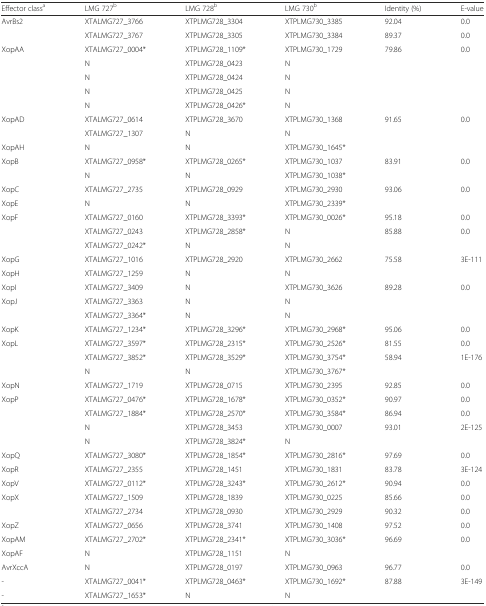
<table><thead><tr><td><b>Effector class<sup>a</sup></b></td><td><b>LMG 727<sup>b</sup></b></td><td><b>LMG 728<sup>b</sup></b></td><td><b>LMG 730<sup>b</sup></b></td><td><b>Identity (%)</b></td><td><b>E-value</b></td></tr></thead><tbody><tr><td rowspan="2">AvrBs2</td><td>XTALMG727_3766</td><td>XTPLMG728_3304</td><td>XTPLMG730_3385</td><td>92.04</td><td>0.0</td></tr><tr><td>XTALMG727_3767</td><td>XTPLMG728_3305</td><td>XTPLMG730_3384</td><td>89.37</td><td>0.0</td></tr><tr><td rowspan="5">XopAA</td><td>XTALMG727_0004*</td><td>XTPLMG728_1109*</td><td>XTPLMG730_1729</td><td>79.86</td><td>0.0</td></tr><tr><td>N</td><td>XTPLMG728_0423</td><td>N</td><td></td><td></td></tr><tr><td>N</td><td>XTPLMG728_0424</td><td>N</td><td></td><td></td></tr><tr><td>N</td><td>XTPLMG728_0425</td><td>N</td><td></td><td></td></tr><tr><td>N</td><td>XTPLMG728_0426*</td><td>N</td><td></td><td></td></tr><tr><td rowspan="2">XopAD</td><td>XTALMG727_0614</td><td>XTPLMG728_3670</td><td>XTPLMG730_1368</td><td>91.65</td><td>0.0</td></tr><tr><td>XTALMG727_1307</td><td>N</td><td>N</td><td></td><td></td></tr><tr><td>XopAH</td><td>N</td><td>N</td><td>XTPLMG730_1645*</td><td></td><td></td></tr><tr><td rowspan="2">XopB</td><td>XTALMG727_0958*</td><td>XTPLMG728_0265*</td><td>XTPLMG730_1037</td><td>83.91</td><td>0.0</td></tr><tr><td>N</td><td>N</td><td>XTPLMG730_1038*</td><td></td><td></td></tr><tr><td>XopC</td><td>XTALMG727_2735</td><td>XTPLMG728_0929</td><td>XTPLMG730_2930</td><td>93.06</td><td>0.0</td></tr><tr><td>XopE</td><td>N</td><td>N</td><td>XTPLMG730_2339*</td><td></td><td></td></tr><tr><td rowspan="3">XopF</td><td>XTALMG727_0160</td><td>XTPLMG728_3393*</td><td>XTPLMG730_0026*</td><td>95.18</td><td>0.0</td></tr><tr><td>XTALMG727_0243</td><td>XTPLMG728_2858*</td><td>N</td><td>85.88</td><td>0.0</td></tr><tr><td>XTALMG727_0242*</td><td>N</td><td>N</td><td></td><td></td></tr><tr><td>XopG</td><td>XTALMG727_1016</td><td>XTPLMG728_2920</td><td>XTPLMG730_2662</td><td>75.58</td><td>3E-111</td></tr><tr><td>XopH</td><td>XTALMG727_1259</td><td>N</td><td>N</td><td></td><td></td></tr><tr><td>XopI</td><td>XTALMG727_3409</td><td>N</td><td>XTPLMG730_3626</td><td>89.28</td><td>0.0</td></tr><tr><td rowspan="2">XopJ</td><td>XTALMG727_3363</td><td>N</td><td>N</td><td></td><td></td></tr><tr><td>XTALMG727_3364*</td><td>N</td><td>N</td><td></td><td></td></tr><tr><td>XopK</td><td>XTALMG727_1234*</td><td>XTPLMG728_3296*</td><td>XTPLMG730_2968*</td><td>95.06</td><td>0.0</td></tr><tr><td rowspan="3">XopL</td><td>XTALMG727_3597*</td><td>XTPLMG728_2315*</td><td>XTPLMG730_2526*</td><td>81.55</td><td>0.0</td></tr><tr><td>XTALMG727_3852*</td><td>XTPLMG728_3529*</td><td>XTPLMG730_3754*</td><td>58.94</td><td>1E-176</td></tr><tr><td>N</td><td>N</td><td>XTPLMG730_3767*</td><td></td><td></td></tr><tr><td>XopN</td><td>XTALMG727_1719</td><td>XTPLMG728_0715</td><td>XTPLMG730_2395</td><td>92.85</td><td>0.0</td></tr><tr><td rowspan="4">XopP</td><td>XTALMG727_0476*</td><td>XTPLMG728_1678*</td><td>XTPLMG730_0352*</td><td>90.97</td><td>0.0</td></tr><tr><td>XTALMG727_1884*</td><td>XTPLMG728_2570*</td><td>XTPLMG730_3584*</td><td>86.94</td><td>0.0</td></tr><tr><td>N</td><td>XTPLMG728_3453</td><td>XTPLMG730_0007</td><td>93.01</td><td>2E-125</td></tr><tr><td>N</td><td>XTPLMG728_3824*</td><td>N</td><td></td><td></td></tr><tr><td>XopQ</td><td>XTALMG727_3080*</td><td>XTPLMG728_1854*</td><td>XTPLMG730_2816*</td><td>97.69</td><td>0.0</td></tr><tr><td>XopR</td><td>XTALMG727_2355</td><td>XTPLMG728_1451</td><td>XTPLMG730_1831</td><td>83.78</td><td>3E-124</td></tr><tr><td>XopV</td><td>XTALMG727_0112*</td><td>XTPLMG728_3243*</td><td>XTPLMG730_2612*</td><td>90.94</td><td>0.0</td></tr><tr><td rowspan="2">XopX</td><td>XTALMG727_1509</td><td>XTPLMG728_1839</td><td>XTPLMG730_0225</td><td>85.66</td><td>0.0</td></tr><tr><td>XTALMG727_2734</td><td>XTPLMG728_0930</td><td>XTPLMG730_2929</td><td>90.32</td><td>0.0</td></tr><tr><td>XopZ</td><td>XTALMG727_0656</td><td>XTPLMG728_3741</td><td>XTPLMG730_1408</td><td>97.52</td><td>0.0</td></tr><tr><td>XopAM</td><td>XTALMG727_2702*</td><td>XTPLMG728_2341*</td><td>XTPLMG730_3036*</td><td>96.69</td><td>0.0</td></tr><tr><td>XopAF</td><td>N</td><td>XTPLMG728_1151</td><td>N</td><td></td><td></td></tr><tr><td>AvrXccA</td><td>N</td><td>XTPLMG728_0197</td><td>XTPLMG730_0963</td><td>96.77</td><td>0.0</td></tr><tr><td>-</td><td>XTALMG727_0041*</td><td>XTPLMG728_0463*</td><td>XTPLMG730_1692*</td><td>87.88</td><td>3E-149</td></tr><tr><td>-</td><td>XTALMG727_1653*</td><td>N</td><td>N</td><td></td><td></td></tr></tbody></table>